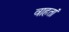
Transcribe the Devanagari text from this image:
वाहतां